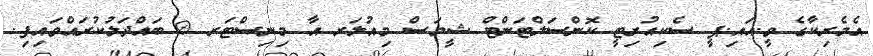
އެމެރިކާގެ ވީ.އައި.ޕީ ސެކިއުރިޓީ ކޮންސަލްޓަންޓް ޝީމަސް މިއުލަރ އާ މިނިސްޓަރ @ ބައްދަލުކުރައްވައިފި.